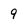
Character: 9